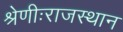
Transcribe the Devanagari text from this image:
श्रेणीःराजस्थान